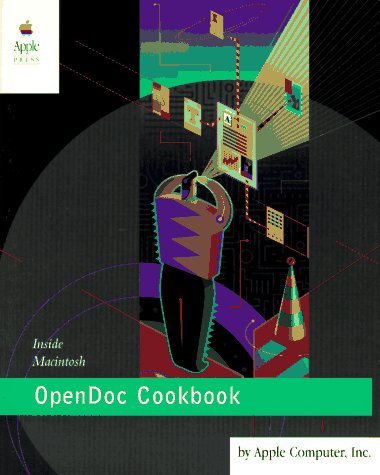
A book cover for OpenDoc Cookbook; Apple Computer Inc; Computers & Technology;